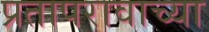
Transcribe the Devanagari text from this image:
प्रतापरावाच्या